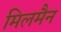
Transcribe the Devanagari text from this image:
मिलमैन